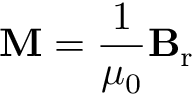
\mathbf { M } = { \frac { 1 } { \mu _ { 0 } } } \mathbf { B } _ { \mathrm { r } }